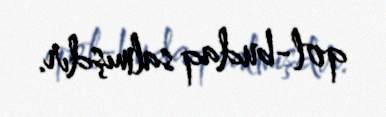
qol-budaq salmışdır.